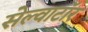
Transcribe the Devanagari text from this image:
सेल्वाटॉर